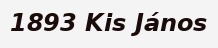
1893 Kis János